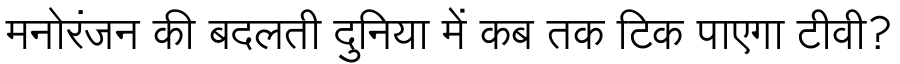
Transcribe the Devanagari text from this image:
मनोरंजन की बदलती दुनिया में कब तक टिक पाएगा टीवी?